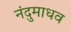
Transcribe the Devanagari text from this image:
नंदुमाधव